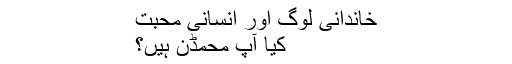
خاندانی لوگ اور انسانی محبت
کیا آپ محمڈن ہیں؟